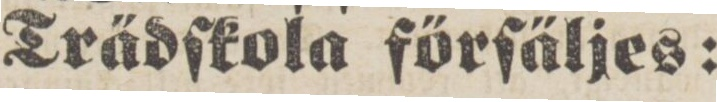
Trädſkola förſäljes: